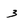
Character: 3